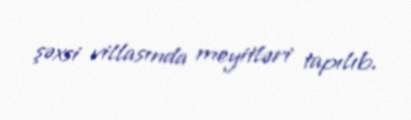
şəxsi villasında meyitləri tapılıb.